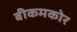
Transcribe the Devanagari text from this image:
बीकमकोर